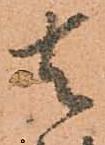
去